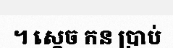
។ ស្តេច កន ប្រាប់